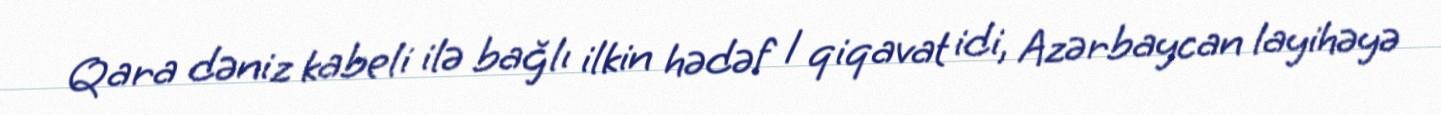
Qara dəniz kabeli ilə bağlı ilkin hədəf 1 qiqavat idi, Azərbaycan layihəyə